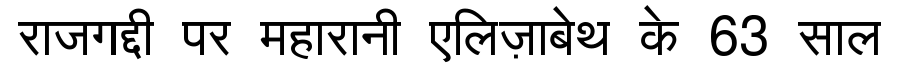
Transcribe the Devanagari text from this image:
राजगद्दी पर महारानी एलिज़ाबेथ के 63 साल